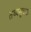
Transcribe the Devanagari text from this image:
तथ्यसूचक